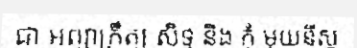
ជា អព្យាក្រឹត្យ សិទ្ធ និង កុំ មុយនីស្ត